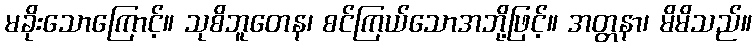
မခိုးသောကြောင့်။ သုစိဘူတေန၊ စင်ကြယ်သောအဘို့ဖြင့်။ အတ္တနာ၊ မိမိသည်။